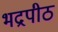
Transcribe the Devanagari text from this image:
भद्रपीठ